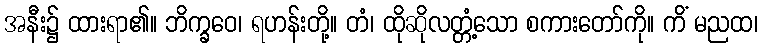
အနီး၌ ထားရာ၏။ ဘိက္ခဝေ၊ ရဟန်းတို့။ တံ၊ ထိုဆိုလတ္တံ့သော စကားတော်ကို။ ကိံ မညထ၊